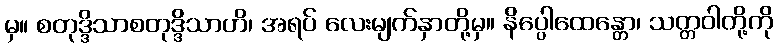
မှ။ စတုဒ္ဒိသာစတုဒ္ဒိသာဟိ၊ အရပ် လေးမျက်နှာတို့မှ။ နိပ္ပေါထေန္တော၊ သတ္တဝါတို့ကို